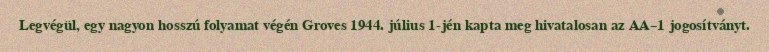
Legvégül, egy nagyon hosszú folyamat végén Groves 1944. július 1-jén kapta meg hivatalosan az AA–1 jogosítványt.